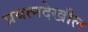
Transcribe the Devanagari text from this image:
प्रयत्नदेखील